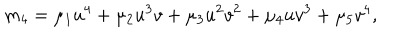
m _ { 4 } = \mu _ { 1 } u ^ { 4 } + \mu _ { 2 } u ^ { 3 } v + \mu _ { 3 } u ^ { 2 } v ^ { 2 } + \mu _ { 4 } u v ^ { 3 } + \mu _ { 5 } v ^ { 4 } ,